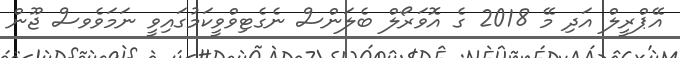
އޭޕްރީލް އަދި މޭ 2018 ގެ އޮވަރޯލް ބެލަންސް ނެގެޓިވްވީކަމުގައިވީ ނަމަވެވސް ޖޫން